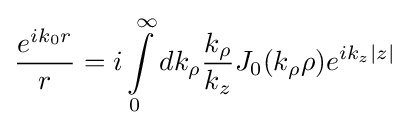
{\frac {e^{ik_{0}r}}{r}}=i\int \limits _{0}^{\infty }{dk_{\rho }{\frac {k_{\rho }}{k_{z}}}J_{0}(k_{\rho }\rho )e^{ik_{z}\left|z\right|}}